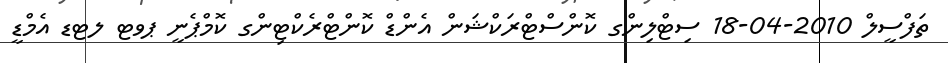
ތަފްސީލް 2010-04-18 ސިޓްލިންގ ކޮންސްޓްރަކްޝަން އެންޑް ކޮންޓްރެކްޓިންގ ކޮމްޕެނީ ޕވޓ ލޓޑ އެމްޑީ